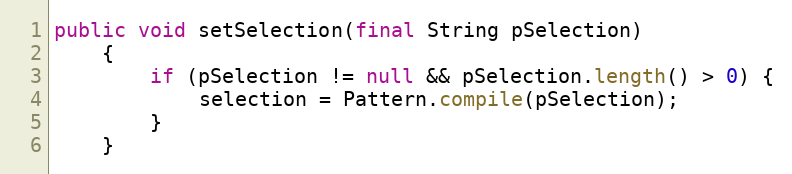
Language: Java
public void setSelection(final String pSelection)
    {
        if (pSelection != null && pSelection.length() > 0) {
            selection = Pattern.compile(pSelection);
        }
    }